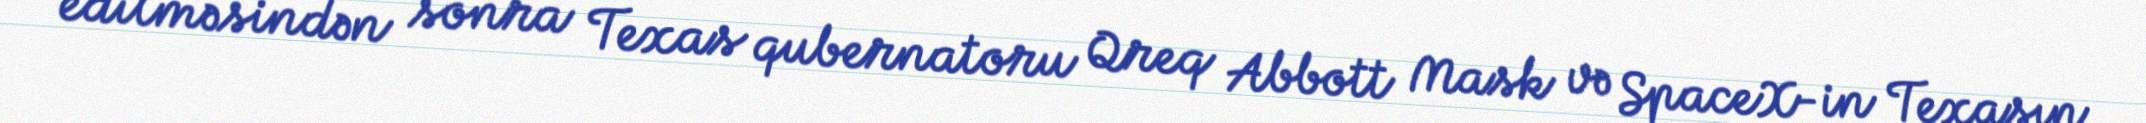
edilməsindən sonra Texas qubernatoru Qreq Abbott Mask və SpaceX-in Texasın